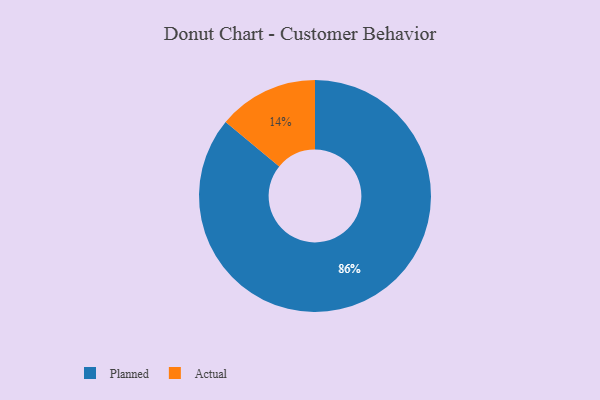
{"axis": {"x": "Category", "y": "Percentage"}, "legend": ["Actual", "Planned"], "data": [{"x": "Planned", "y": 86, "type": "Planned"}, {"x": "Actual", "y": 14, "type": "Actual"}]}